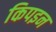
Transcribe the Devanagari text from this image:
किपइन